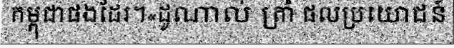
កម្ពុជាផងដែរ។«ដូណាល់ ត្រាំ ផលប្រយោជន៍